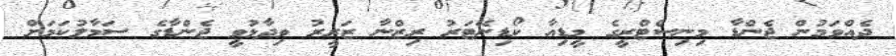
ދެއްވަމުން ޖެންޑާ މިނިސްޓްރީގެ މީޑިއާ ކޯޑިނޭޓަރު ރިޒްނާ ޒަރީރު ވިދާޅުވީ ޖެންޑާގެ ސަމާލުކަމަށް